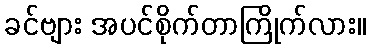
ခင်ဗျား အပင်စိုက်တာကြိုက်လား။